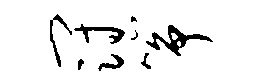
冠筝